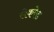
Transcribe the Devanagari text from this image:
सेकरेड